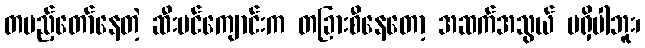
တပည့်တော်နေတဲ့ ဆီးပင်ကျောင်းက တခြားစီနေတော့ အဆက်အသွယ် မရှိပါဘူး၊